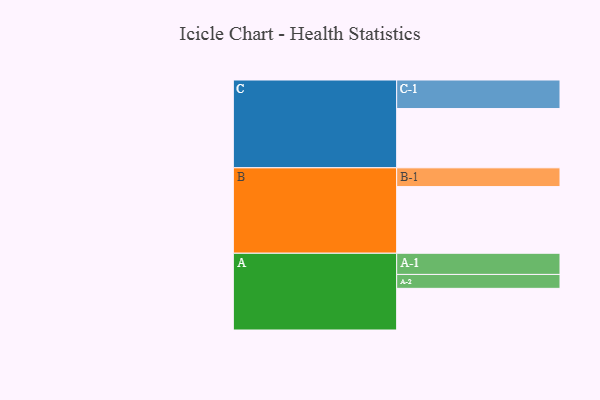
{"axis": {"x": "Segment", "y": "Value"}, "legend": ["", "A", "B", "C"], "data": [{"x": "A", "y": 350, "type": ""}, {"x": "B", "y": 560, "type": ""}, {"x": "C", "y": 498, "type": ""}, {"x": "A-1", "y": 178, "type": "A"}, {"x": "A-2", "y": 117, "type": "A"}, {"x": "B-1", "y": 158, "type": "B"}, {"x": "C-1", "y": 240, "type": "C"}]}